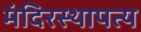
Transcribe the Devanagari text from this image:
मंदिरस्थापत्य